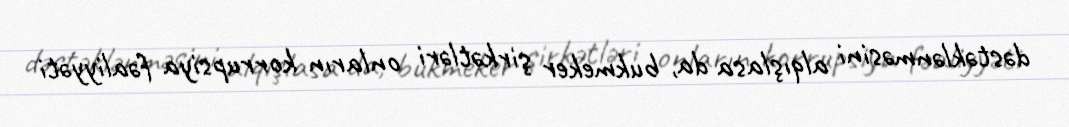
dəstəklənməsini alqışlasa da, bukmeker şirkətləri onların korrupsiya fəaliyyəti